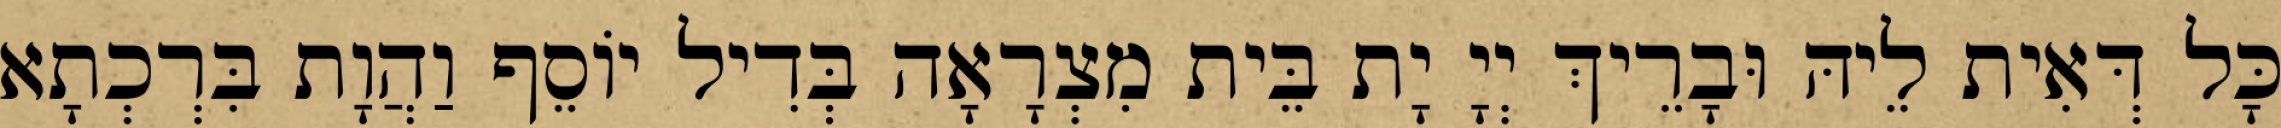
כָּל דְּאִית לֵיהּ וּבָרֵיךְ יְיָ יָת בֵּית מִצְרָאָה בְּדִיל יוֹסֵף וַהֲוָת בִּרְכְתָא